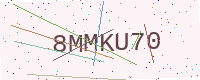
Text: 8MMKU70